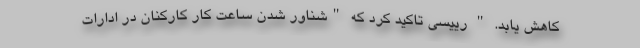
کاهش یابد. " رییسی تاکید کرد که "شناور شدن ساعت کار کارکنان در ادارات